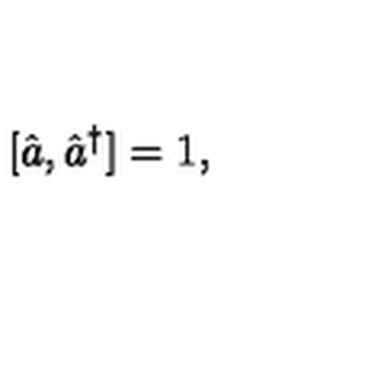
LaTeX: [ { \hat { a } } , { \hat { a } } ^ { \dagger } ] = 1 ,